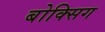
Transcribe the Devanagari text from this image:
बोक्सिग